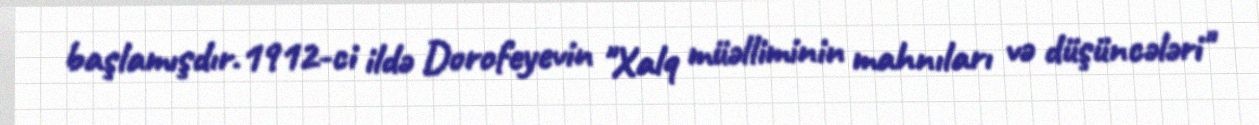
başlamışdır.1912-ci ildə Dorofeyevin "Xalq müəlliminin mahnıları və düşüncələri"